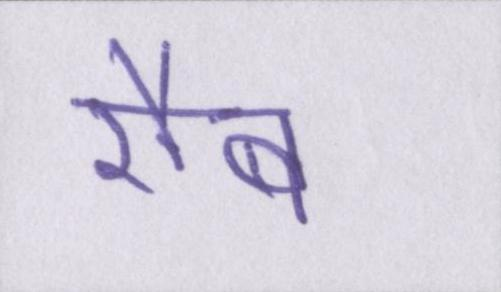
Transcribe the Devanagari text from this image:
रौब